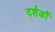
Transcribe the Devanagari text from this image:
दर्शकौं